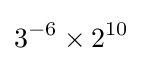
3^{-6}\times 2^{10}